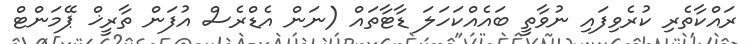
ރައްކާތެރި ކުރެވިފައި ނުވާތީ ބައެއްކަހަލަ ޑާޓާތައް (ނަން އެޑްރެސް އުފަން ތާރީޚް ޕޭމަންޓް